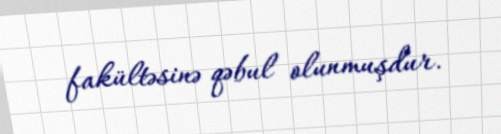
fakültəsinə qəbul olunmuşdur.